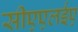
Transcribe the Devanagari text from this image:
सीएएलईए